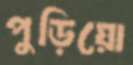
পুড়িয়ো